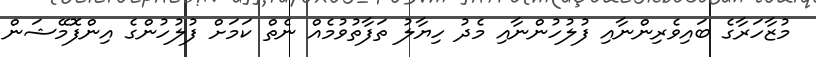
މުޒާހަރާގެ ބައިވެރިންނާއި ފުލުހުންނާއި މެދު ހިޔާލު ތަފާތުވުމެއް ނެތް ކަމަށް ފުލުހުންގެ އިންފޮމޭޝަން